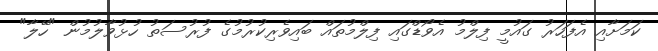
ކަމަށާއި އެފަހަރު ގައުމީ ފިލްމު އެވޯޑްގައި ފިލްމުތައް ބައިވެރިކުރުމުގެ ފުރުސަތު ހުޅުވާލުމުން "ހޭލާ"